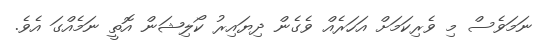
ނަމަވެސް މި ވެރިކަމަށް އަހަރެއް ވެގެން ދިޔައިރު ކޯލިޝަން އޮތީ ނަމެއްގަ އެވެ.